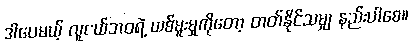
ဒါပေမယ့် လူငယ်ဘဝရဲ့ ယစ်မူးမှုကိုတော့ တတ်နိုင်သမျှ နည်းပါစေ။